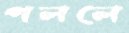
পললে